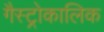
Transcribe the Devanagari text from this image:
गैस्ट्रोकालिक